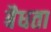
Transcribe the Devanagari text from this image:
बैधता